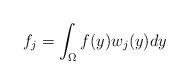
LaTeX: \begin{align*}f_j =\int_{\Omega}f(y)w_j(y)dy\end{align*}